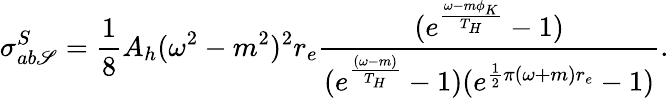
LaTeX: \sigma_{ab\mathscr{S}}^{S}=\frac{{1}}{{8}}A_{h}(\omega^{2}-m^{2})^{2}r_{e}\frac{{(e^{\frac{{\omega-m\phi_{K}}}{{T_{H}}}}-1)}}{{(e^{\frac{{(\omega-m)}}{{T_{H}}}}-1)(e^{\frac{{1}}{{2}}\pi(\omega+m)r_{e}}-1)}}.